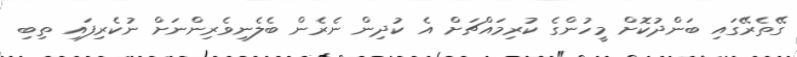
ގޭތެރޭގައި ބަންދުކޮށް މީހުންގެ ކުރިމައްޗަށް އެ ކުދިން ނެރެން ބެލެނިވެރިންނަށް ނުކެރިފައި ތިބި